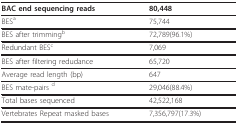
<table><thead><tr><td><b>BAC end sequencing reads</b></td><td><b>80,448</b></td></tr></thead><tbody><tr><td>BES <sup>a</sup></td><td>75,744</td></tr><tr><td>BES after trimming <sup>b</sup></td><td>72,789(96.1%)</td></tr><tr><td>Redundant BES <sup>c</sup></td><td>7,069</td></tr><tr><td>BES after filtering redudance</td><td>65,720</td></tr><tr><td>Average read length (bp)</td><td>647</td></tr><tr><td>BES mate-pairs <sup>d</sup></td><td>29,046(88.4%)</td></tr><tr><td>Total bases sequenced</td><td>42,522,168</td></tr><tr><td>Vertebrates Repeat masked bases</td><td>7,356,797(17.3%)</td></tr></tbody></table>